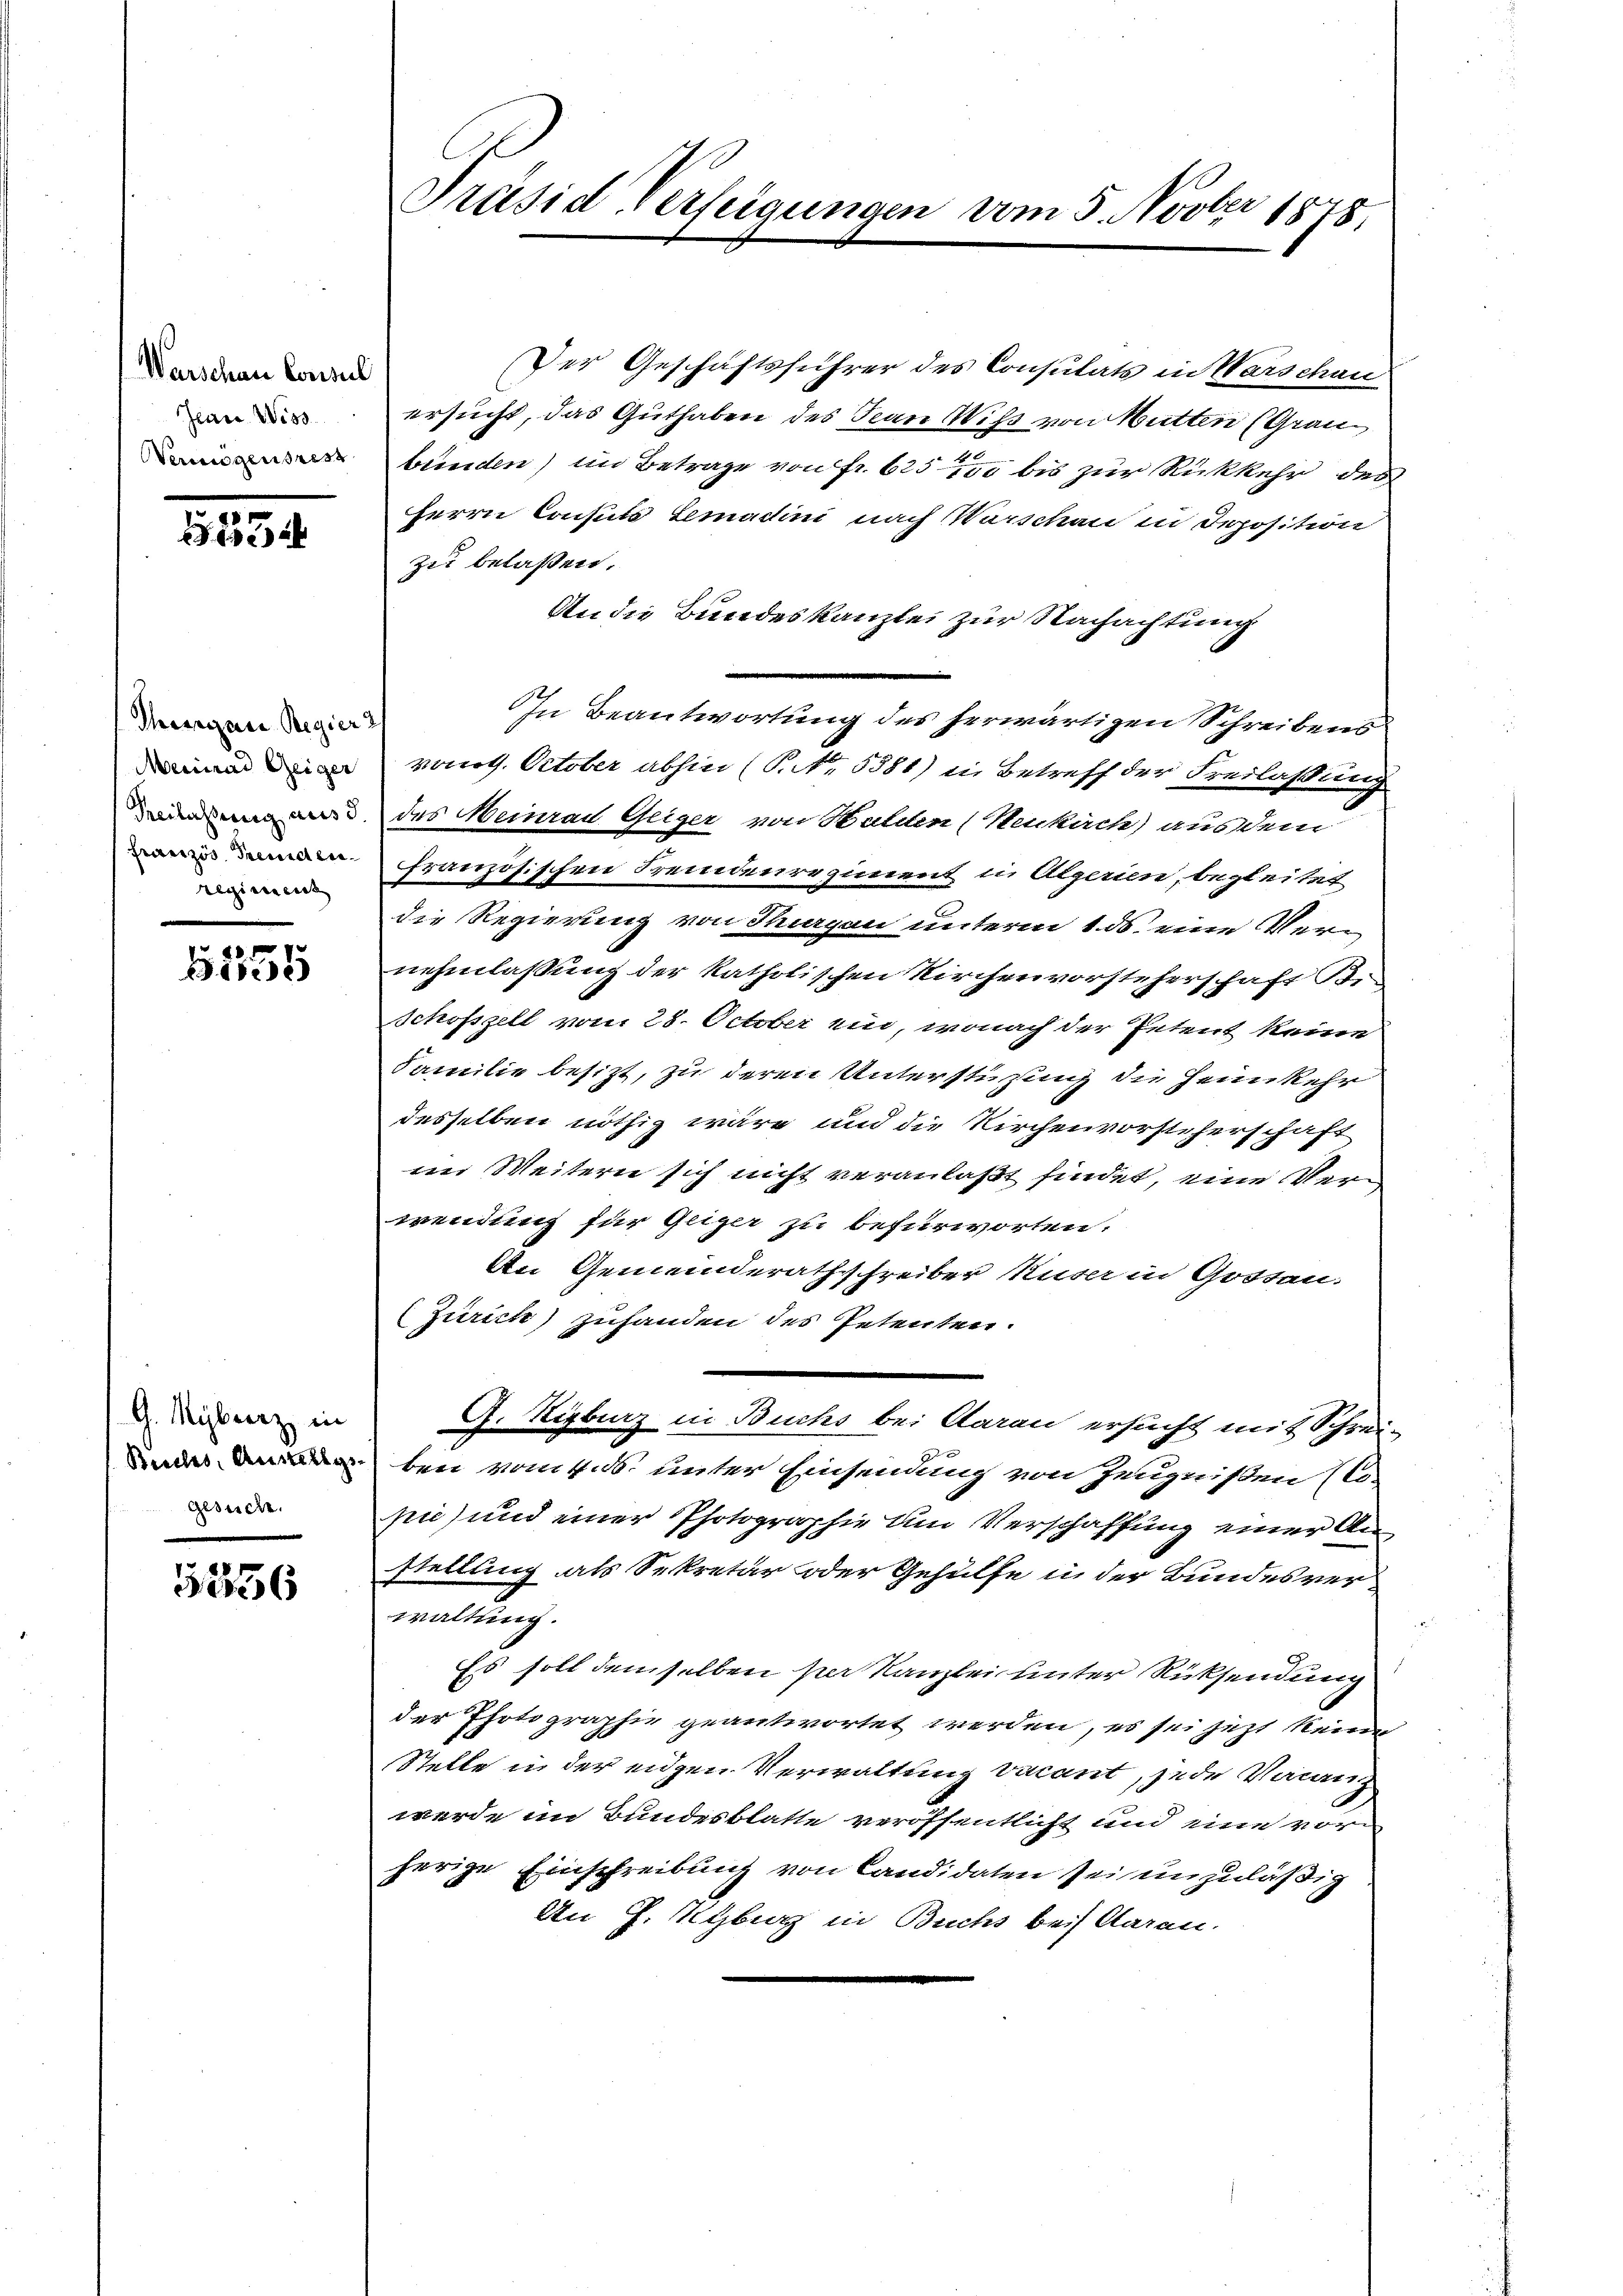
Warschau Consul
Jeare Wiss
Verungensrest

e
i

Thiergan Regier
Meinrad Geiger
Freilassung aus d
Französ. Fremdenregiment

1555

G. Mybeerz in
Beiches, Austellgs-
gesuche.

12856

Präsid Verfeigungen vom 5. Novber 1878

Der Geschäftsführer des Consulats in Warschau
ersucht, das Guthaben des San Wiß von Mutten (Grau
x
bünden) im Betrage von Fr. 625, 150 bis zur Rückkehr des
Herrn Consuls Lemadini nach Warschen in Deposition
zu belaßen.
An die Bundeskanzlei zur Nachachtung
In Beantwortung des herwärtigen Schreibens
vonot. October abhin (S. Nr. 5581) in Betreff der Freilassung
des Meinrad Geiger von Halden (Neukach) aus dem
französischen Fremdenregiment in Algerien, begleitet
die Regierung von Segen unterm 1. ds. eine Vernehmlassung der katholischen Kirchenvorsteherschaft Bi-
Schofszell vom 28. October ein, wonach der Petent keine
Familie besizt, zu deren Unterstützung die Heimkehr
desselben nöthig wäre und die Kirchenvorsteherschaft
im Weitern sich nicht veranlaßt findet, eine erwendung für Geiger zu befürworten.
An Gemeinderathschreiber Kuser in Gotten.
(Zürich) zuhanden des Petenten.
G. Rigburg in Buchs bei Aarau ersucht mit Schrei-
ben vom 4. ds. unter Einsendung von Zeugnißen Mopie) und einer Photographie um Verschaffung einer Anstellung als Sekretär oder Gehülfe in der Bundesverwaltung.
d
Es soll demselben per Kanzlei unter Rücksendung
der Photographie geantwortet werden, es sei jetzt keine
Stelle in der eidgen Verwaltung vacant, jede Vacanz
werde im Bundesblatte veröffentlicht und eine vor
herige Einschreibung von Candidaten sei unzuläßig
An J. Kyburg in Buchs bei daran.